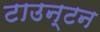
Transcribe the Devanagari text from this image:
टाउन्टन